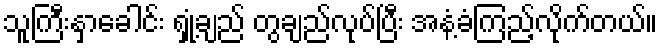
သူကြီးနှာခေါင်း ရှုံ့ချည် တွချည်လုပ်ပြီး အနံ့ခံကြည့်လိုက်တယ်။